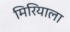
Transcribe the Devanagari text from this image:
मिरियाला